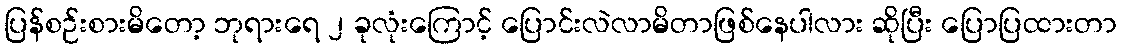
ပြန်စဉ်းစားမိတော့ ဘုရားရေ ၂ ခုလုံးကြောင့် ပြောင်းလဲလာမိတာဖြစ်နေပါလား ဆိုပြီး ပြောပြထားတာ